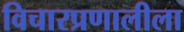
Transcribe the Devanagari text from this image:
विचारप्रणालीला